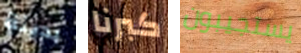
بدينة كبرنا يستجيبون